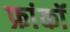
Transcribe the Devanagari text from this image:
फ्रांकॉ